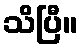
သိပြီ။